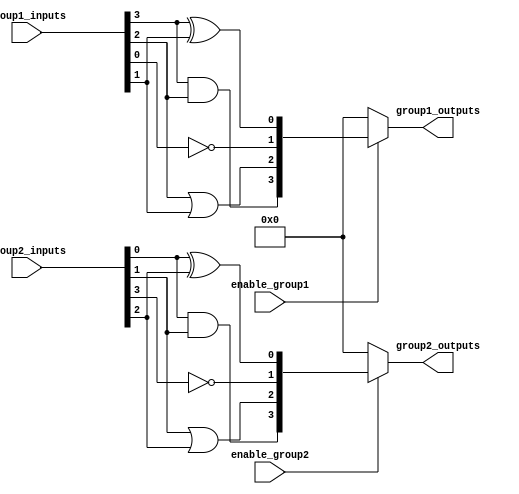
module adjacency_groups (
    input wire [3:0] group1_inputs,  // 4-bit input for Group 1
    input wire [3:0] group2_inputs,  // 4-bit input for Group 2
    input wire enable_group1,         // Control signal for Group 1
    input wire enable_group2,         // Control signal for Group 2
    output wire [3:0] group1_outputs, // 4-bit output for Group 1
    output wire [3:0] group2_outputs  // 4-bit output for Group 2
);

// Group 1 Logic
assign group1_outputs = enable_group1 ? (
    {group1_inputs[3] & group1_inputs[2],  // AND operation
     group1_inputs[2] | group1_inputs[1],  // OR operation
     ~group1_inputs[0],                     // NOT operation
     group1_inputs[3] ^ group1_inputs[1]}   // XOR operation
) : 4'b0000; // Outputs zero when disabled

// Group 2 Logic
assign group2_outputs = enable_group2 ? (
    {group2_inputs[0] & group2_inputs[1],  // AND operation
     group2_inputs[1] | group2_inputs[2],  // OR operation
     ~group2_inputs[3],                     // NOT operation
     group2_inputs[0] ^ group2_inputs[2]}   // XOR operation
) : 4'b0000; // Outputs zero when disabled

endmodule